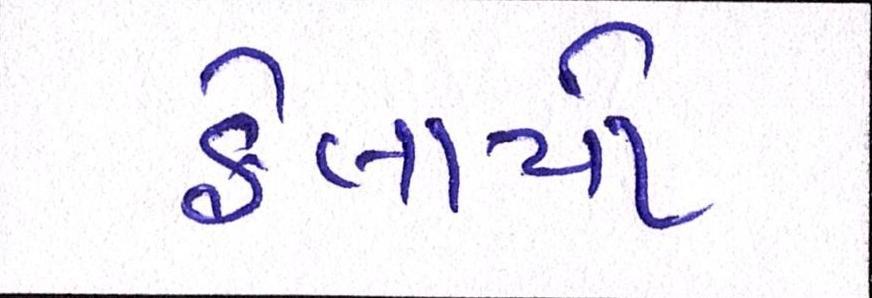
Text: ફેલાયો